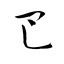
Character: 巴